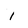
Character: 1